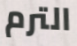
الترم